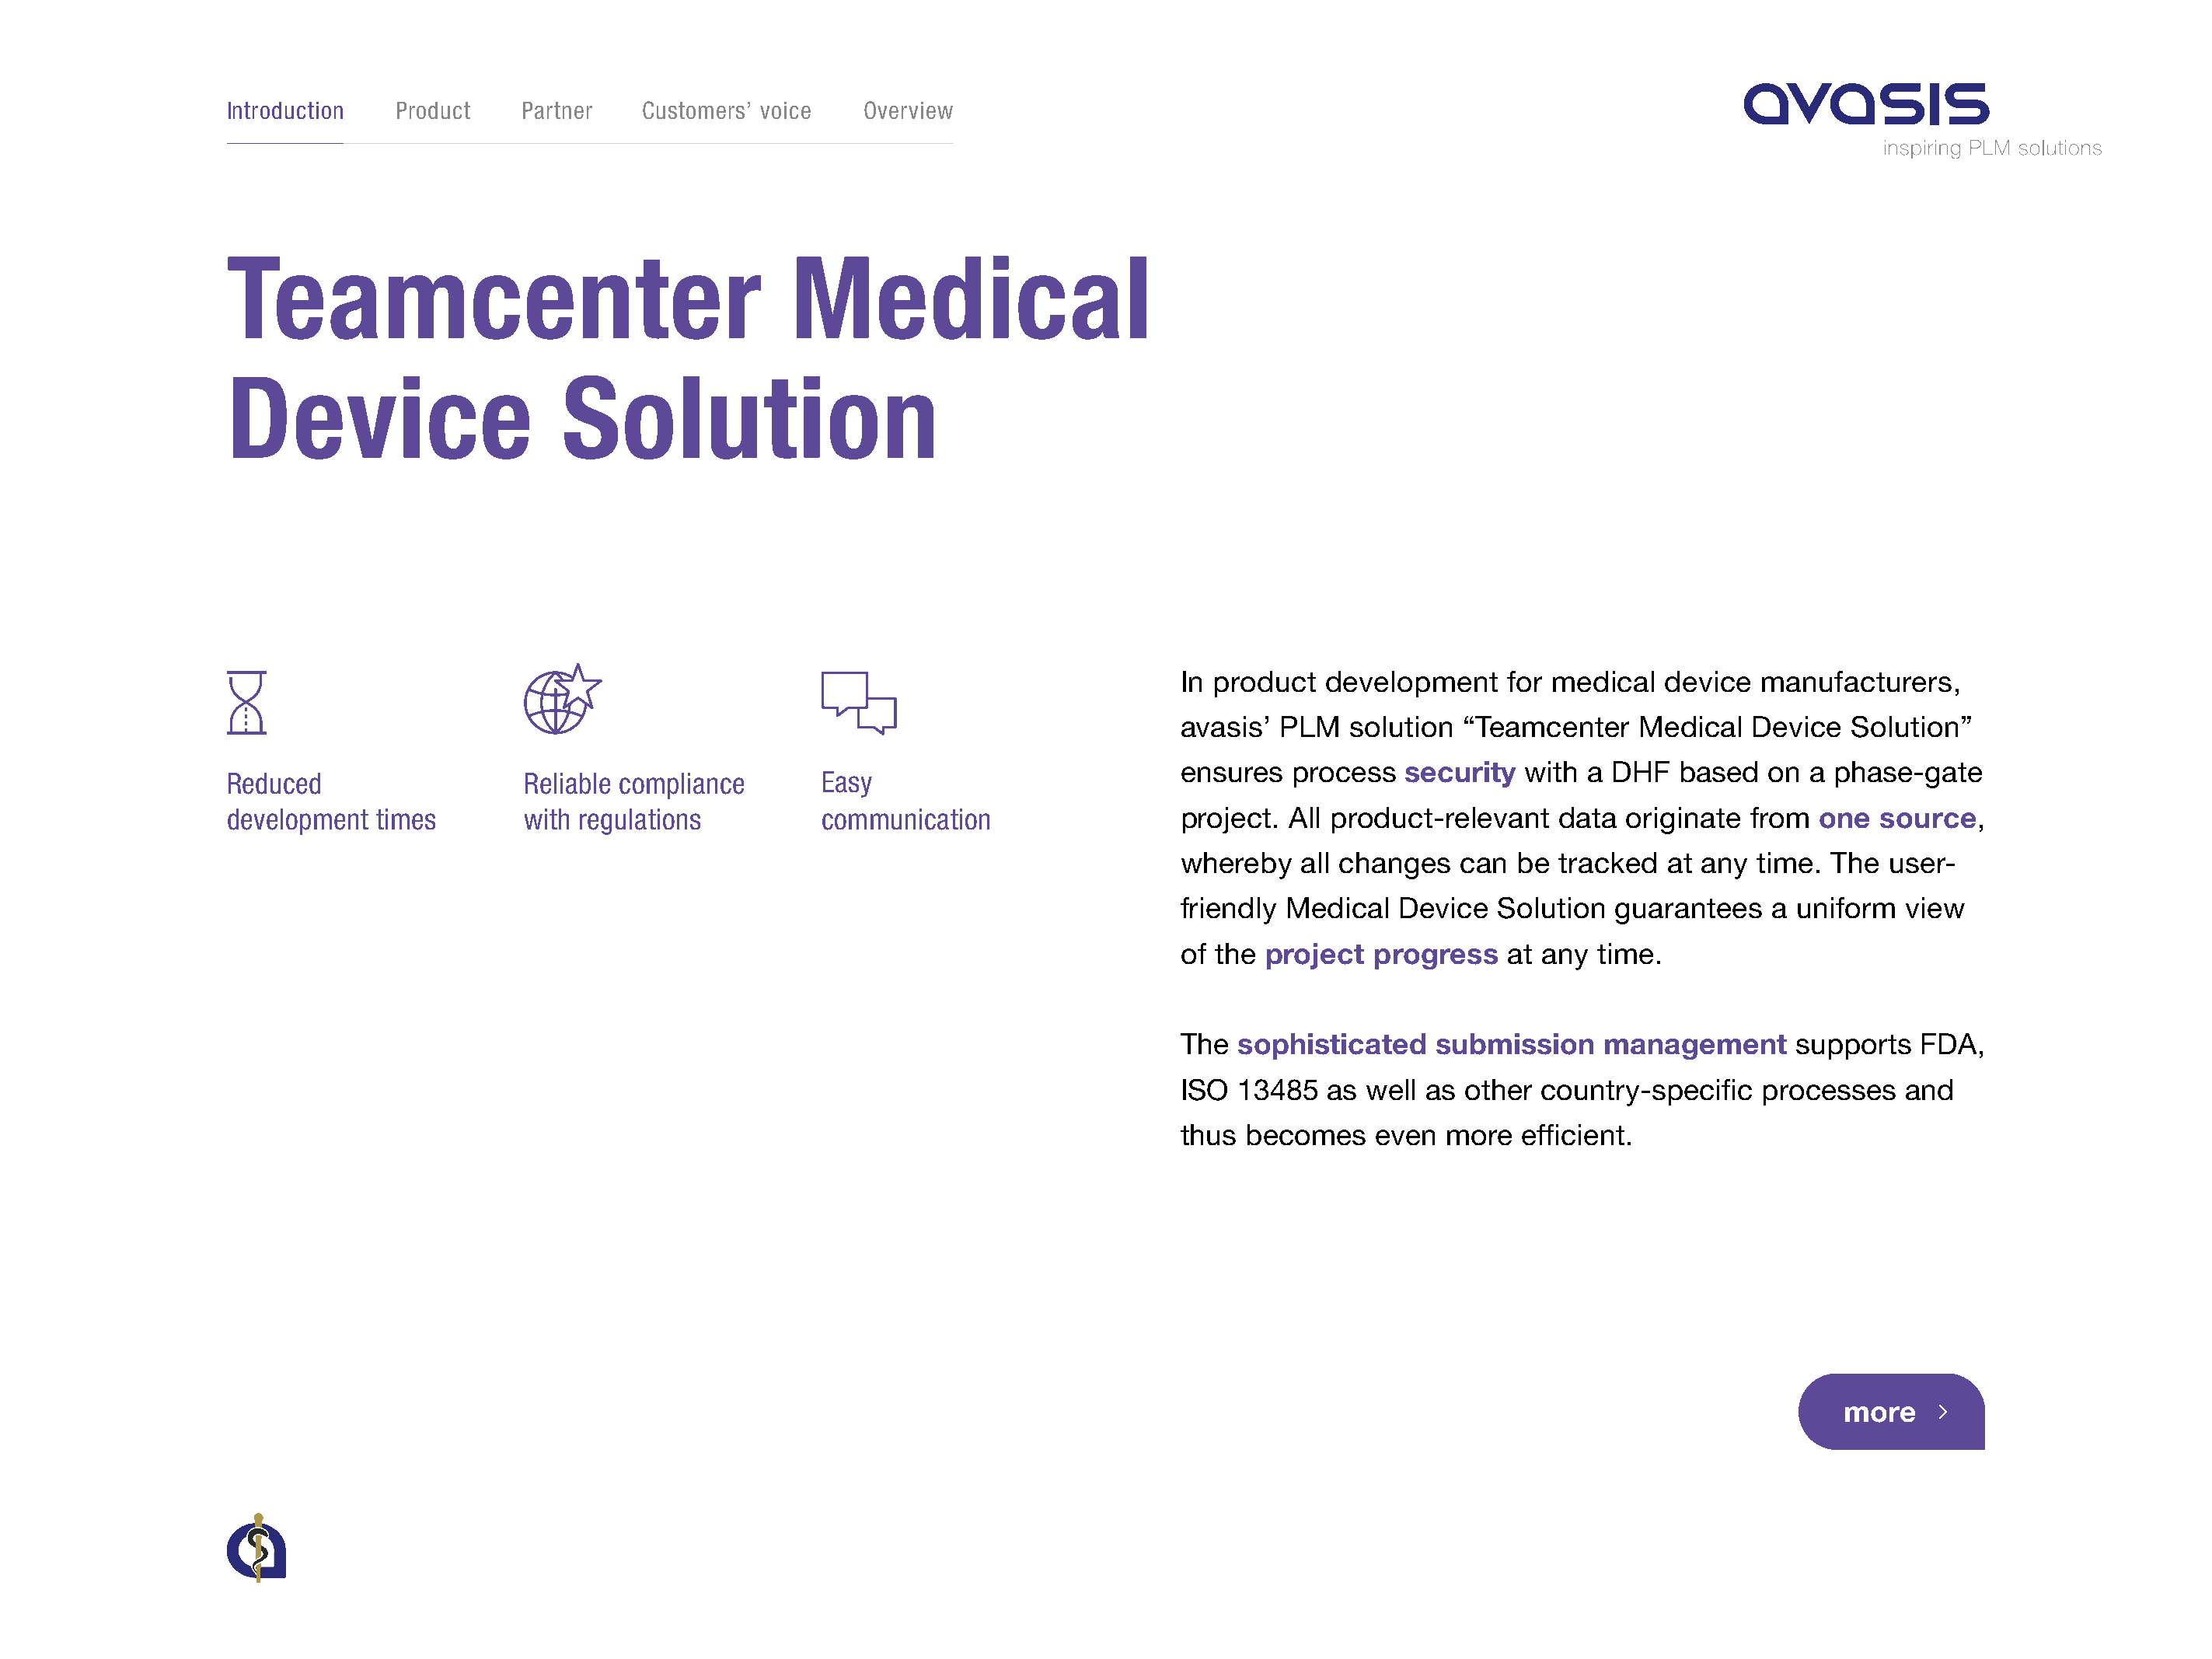
IInnttrroodduuccttiioonn Product Partner Customers’ voice Overview
 Teamcenter                                      Medical
 Device                       Solution
 In product  development    for medical   device  manufacturers,
 avasis’ PLM   solution  “Teamcenter    Medical  Device   Solution”
 ensures  process   security  with a DHF   based   on a phase-gate
 Reduced                   Reliable compliance      Easy
 development  times        with regulations         communication                  project. All product-relevant   data  originate from  one  source,
 whereby   all changes  can  be  tracked  at any  time. The  user-
 friendly Medical  Device   Solution  guarantees   a uniform  view
 of the project  progress   at any  time.
 The sophisticated    submission     management      supports   FDA,
 ISO 13485   as well as  other country-specific   processes   and
 thus becomes    even  more   efficient.
 more